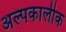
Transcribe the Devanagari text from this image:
अल्पकालीक